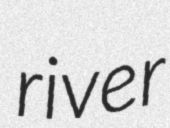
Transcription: river